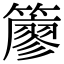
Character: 𥵬